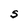
Character: S